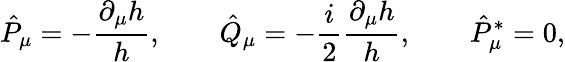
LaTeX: \hat{P}_{\mu}=-{\frac{\partial_{\mu}h}{h}},\qquad\hat{Q}_{\mu}=-{\frac{i}{2}}{\frac{\partial_{\mu}h}{h}},\qquad\hat{P}_{\mu}^{*}=0,